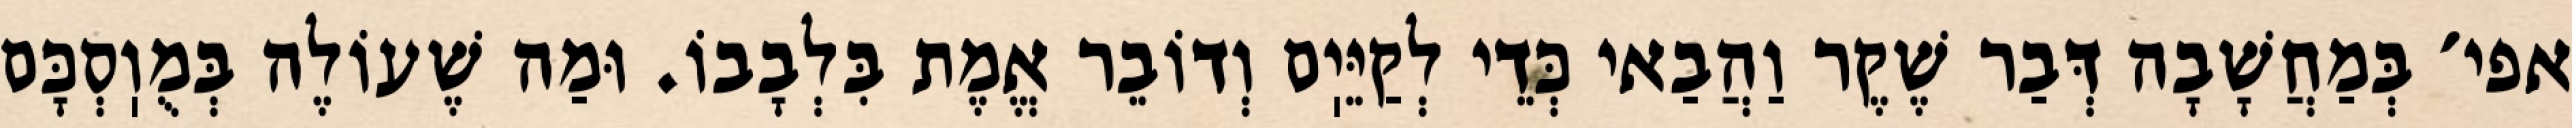
אפי׳ בְּמַחֲשָׁבָה דְּבַר שֶׁקֶר וַהֲבַאי כְּדֵי לְקַיֵּיֽם וְדוֹבֵר אֱמֶת בִּלְבָבוֹ. וּמַה שֶׁעוֹלֶה בְּמֻוֽסְכָּם